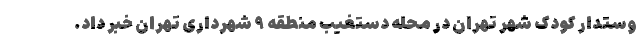
وستدار کودک شهر تهران در محله دستغیب منطقه ۹ شهرداری تهران خبر داد.